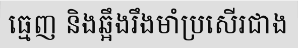
ធ្មេញ និងឆ្អឹងរឹងមាំប្រសើរជាង